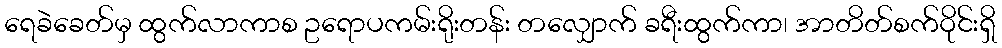
ရေခဲခေတ်မှ ထွက်လာကာစ ဥရောပကမ်းရိုးတန်း တလျှောက် ခရီးထွက်ကာ၊ အာတိတ်စက်ဝိုင်းရှိ